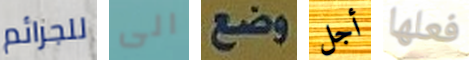
للجرائم الى وضع أجل فعلها